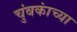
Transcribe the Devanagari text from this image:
चुंबकांच्या